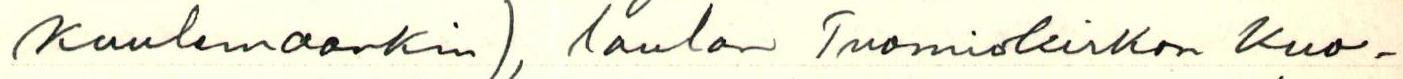
Kuulemaankin), laulan Tuomiokirkon Kuo-